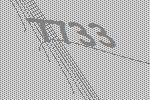
7733